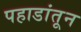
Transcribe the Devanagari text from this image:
पहाडांतून